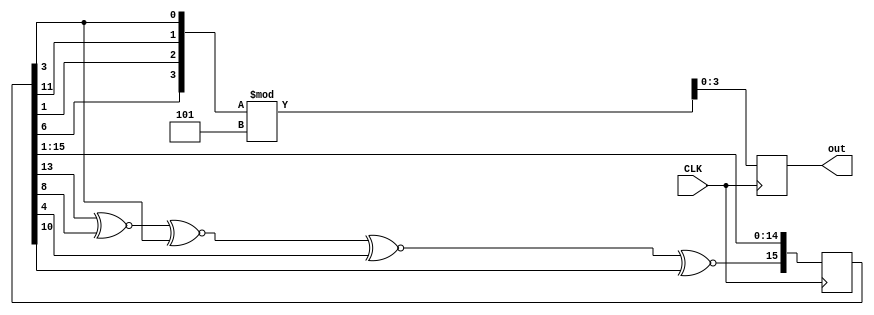
module random_mod5(input CLK, output reg[3:0] out);

reg[15:0] shift = 16'h5235;

always @(posedge CLK) begin
	shift[15] <= shift[13] ~^ shift[8] ~^ shift[3] ~^ shift[4] ~^ shift[10];
	shift[14:0] <= shift[15:1];

	out = {shift[6],shift[1],shift[11],shift[3]};
	out = out % 5;

end

endmodule